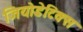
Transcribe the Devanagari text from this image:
जियोडेटिक्स